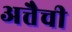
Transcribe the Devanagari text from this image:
अत्तैची